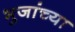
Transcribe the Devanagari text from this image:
भुजांच्या